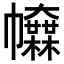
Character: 𢅿